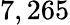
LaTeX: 7,265